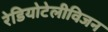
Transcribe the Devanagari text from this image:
रेडियोटेलीविजन